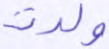
ولدت